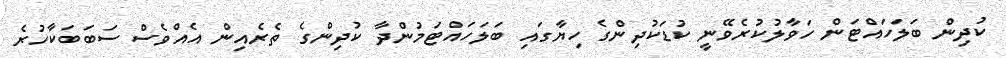
ކުދިން ބަލަހައްޓަން ހަވާލުކުރެވޭނީ ކުޑަކުދިންގެ ހިޔާގައި ބަލަހައްޓަމުންދާ ކުދިންގެ ތެރެއިން އެއްވެސް ސަބަބަކާހުރެ